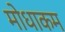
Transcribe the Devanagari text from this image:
मोधाकम